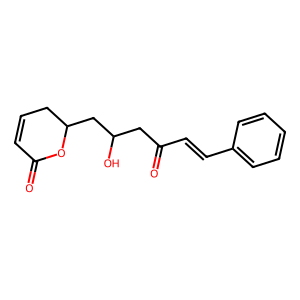
SMILES: O=C(C=Cc1ccccc1)CC(O)CC1CC=CC(=O)O1
Inhibits HIV replication: No